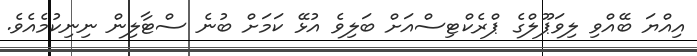
އިއްޔަ ބޭއްވި ލިވަޕޫލްގެ ޕްރެކްޓިސްއަށް ބަލިވެ އުޅޭ ކަމަށް ބުނެ ސްޓާލިން ނިނިކުމެއެވެ.